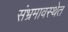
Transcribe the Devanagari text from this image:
संभ्रमावस्थेत